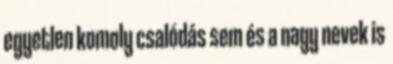
egyetlen komoly csalódás sem és a nagy nevek is